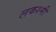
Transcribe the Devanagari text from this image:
लकश्मी